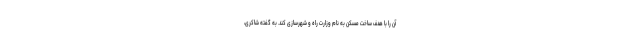
آن را با هدف ساخت مسکن به نام وزارت راه و شهرسازی کند. به گفته شاکری،